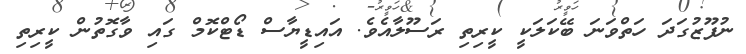
ނުފޫޒުގަދަ ހަތްވަނަ ބޭކަލަކީ ކީރިތި ރަސޫލާއެވެ. އައިޑީޔާސް ޑޯޓްކޮމް ގައި ވާގޮތުން ކީރިތި